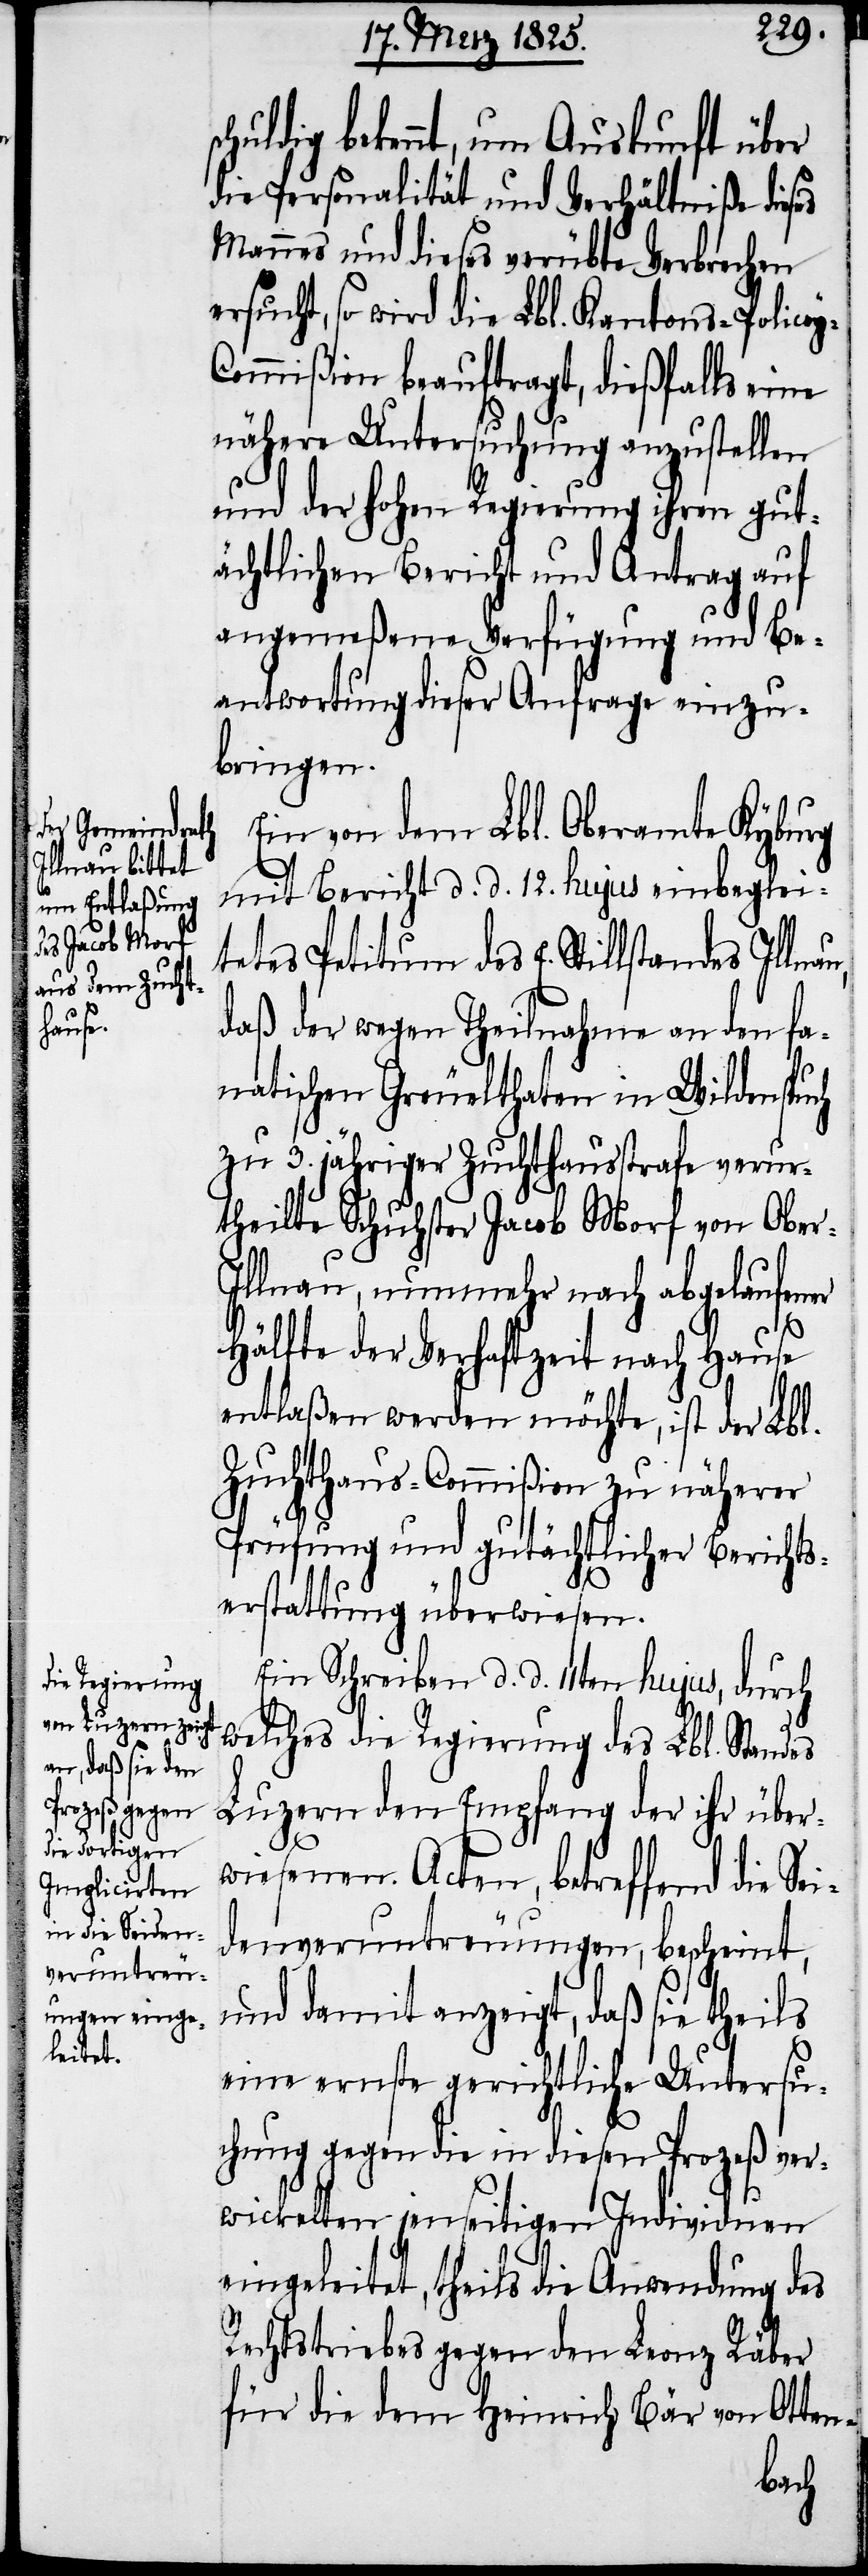
huldig bekannt, um Auskunft über
die Personalität und Verhältniße dieses
Mannes und dieses verübte Verbrechen
ersucht, so wird die Lbl. Kantons-Police¬
ommißion beauftragt, dießfalls eine
nähere Untersuchung anzustellen
und der hohen Regierung ihren gut¬
ächtlichen Bericht und Antrag auf
angemeßene Verfügung und Be¬
antwortung dieser Anfrage einzu¬
bringen.
Ein von dem Lbl. Oberamte Kyburg
mit Bericht d. d. 12. hujus einbeglei¬
tetes Petitum des E. Stillstandes Illnau,
daß der wegen Theilnahme an den fa¬
natischen Greuelthaten in Wildenspuch
zu 3. jähriger Zuchthausstrafe verur¬
theilte Schuhster Jacob Morf von Obe¬
llnau, nunmehr nach abgelaufener
r-I¬
Hälfte der Verhaftzeit nach Hause
entlaßen werden möchte, ist der Lbl.
Zuchthaus-Commißion zu näherer
Prüfung und gutächtlicher Berichts¬
erstattung überwiesen.
Ein Schreiben d. d. 11ten hujus, durch
welches die Regierung des Lbl. Standes
Luzern den Empfang der ihr über¬
wiesenen Acten, betreffend die Sei¬
denveruntreuungen, bescheint,
und damit anzeigt, daß sie theils
eine ernste gerichtliche Untersu¬
chung gegen die in diesen Prozeß ver¬
wickelten jenseitigen Individuen
eingeleitet, theils die Anwendung des
Rechtstriebes gegen den Leonz Räber
für die dem Heinrich Bär von Otten-